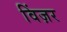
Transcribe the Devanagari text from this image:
विंज़र